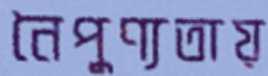
নৈপুণ্যতায়